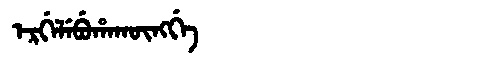
Manchu: ᡝᡵᡤᡝᠯᡝᠪᡠᡥᠠᡴᡡᠩᡤᡝ
Romanization: ERGELEBUHAKŪNGGE